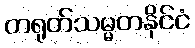
တရုတ်သမ္မတနိုင်ငံ